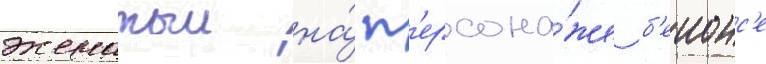
женатыи на́ п'ерсона́же б'еионс'е